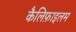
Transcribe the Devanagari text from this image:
कैलिफ़ाइलम